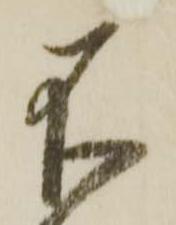
不